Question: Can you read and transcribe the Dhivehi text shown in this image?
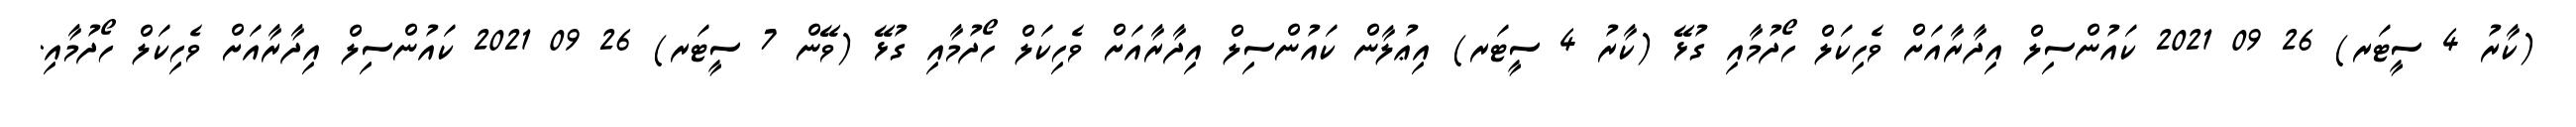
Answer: (ކާރު 4 ސީޓަރ) 26 09 2021 ކައުންސިލް އިދާރާއަށް ވެހިކަލް ހޯދުމާއި ގުޅޭ (ކާރު 4 ސީޓަރ) އިޢުލާން ކައުންސިލް އިދާރާއަށް ވެހިކަލް ހޯދުމާއި ގުޅޭ (ވޭން 7 ސީޓަރ) 26 09 2021 ކައުންސިލް އިދާރާއަށް ވެހިކަލް ހޯދުމާއި.